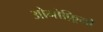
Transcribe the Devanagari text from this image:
ओनोफ़्रियो